Voru_kinnistusamet, lk 11
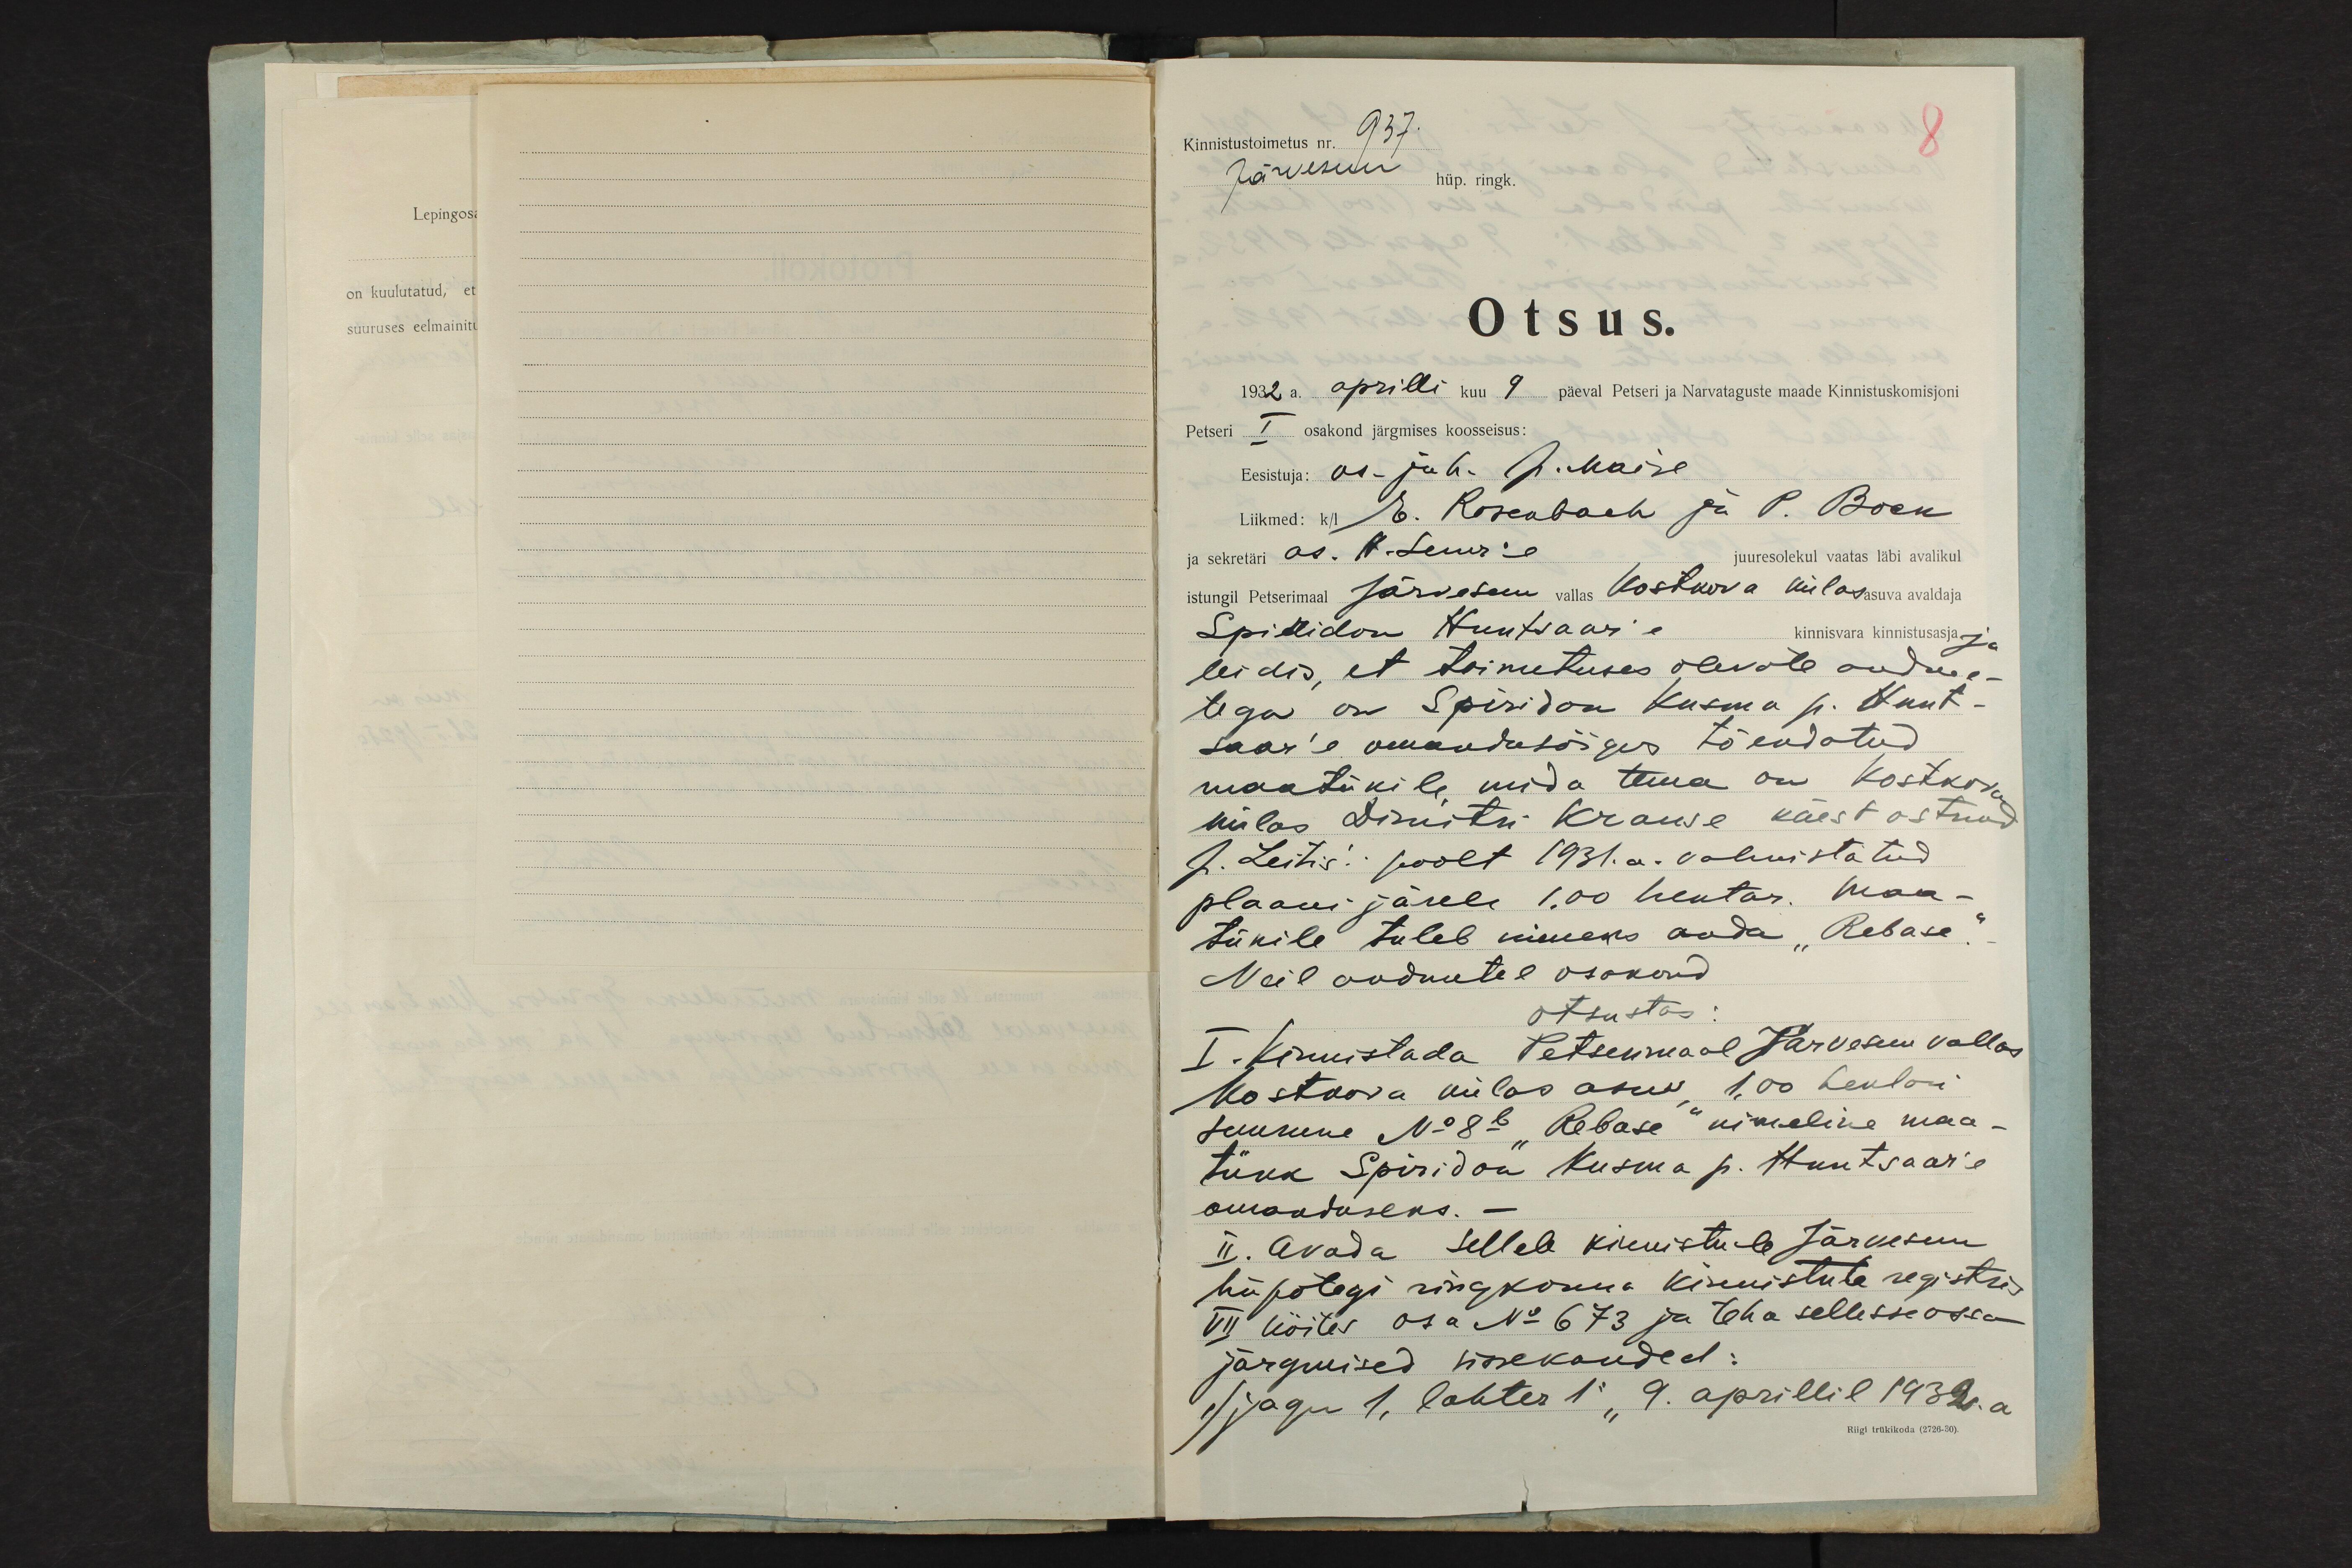
Kinnistustoimetus nr. 937.
8
Järvesuu hüp.ringk.
Otsus.
1932 a. aprilli kuu 9 päeval Petseri ja Narvataguste maade Kinnistuskomisjoni
Petseri I osakond järgmises koosseisus:
Eesistuja: os. juh. J. Maise
Liikmed: k/l E. Rosenbach ja P. Bock
ja sekretäri as. H. Suur'e juuresolekul vaatas läbi avalikul
istungil Petserimaal Järvesuu vallas Kostkova külas asuva avaldaja
Spiridon Huntsaar´e kinnisvara kinnistusasja ja
leidis, et toimetuses olevate andme-
tega on Spiridon Kusma p. Hunt-
saar'e omandusõigus tõendatud
maatükile, mida tema on Kostkova
külas Dimitri Krause käest ostnud
J. Leitis´i  poolt 1931.a. valmistatud
plaani järele 1.00 hektar. Maa-
tükile tuleb nimeks anda "Rebase".
Neil andmetel osakond
otsustas:
I. Kinnistada Petserimaal Järvesuu vallas
Kostkova külas asuv, 1,00 hektari
suurune No 8b "Rebase" nimeline maa-
tükk Spiridon Kusma p. Huntsaar'e
omanduseks. -
II. Avada sellele kinnistule Järvesuu
hüpotegi ringkonna kinnistute registris
VII köites osa No 673 ja teha sellesse ossa
järgmised sissekanded:
1) jagu 1, lahter 1: "9. aprillil 1932.a.
Riigi trükikoda (2726-30).